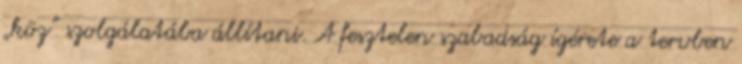
„köz” szolgálatába állítani. A fesztelen szabadság ígérete a tervben